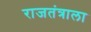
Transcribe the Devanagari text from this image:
राजतंत्राला